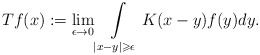
\begin{align*} Tf(x):=\lim_{\epsilon\rightarrow 0}\int\limits_{|x-y|\geqslant\epsilon}K(x-y)f(y)dy. \end{align*}